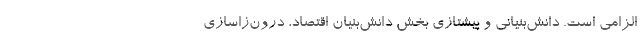
الزامی است. دانش­بنیانی و پیشتازی بخش دانش­بنیان اقتصاد، درون‌زا­سازی